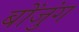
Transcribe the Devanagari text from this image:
बोंजुंग